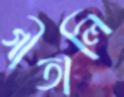
গীতালি